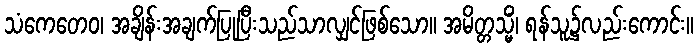
သံကေတေဝ၊ အချိန်းအချက်ပြုပြီးသည်သာလျှင်ဖြစ်သော။ အမိတ္တသ္မိံ၊ ရန်သူ၌လည်းကောင်း။